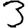
Digit: 3